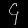
Digit: ၄